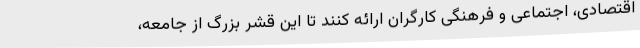
اقتصادی، اجتماعی و فرهنگی کارگران ارائه کنند تا این قشر بزرگ از جامعه،